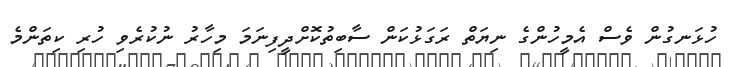
ހުޅަނގުން ވެސް އެމީހުންގެ ނިޔަތް ރަގަޅުކަން ސާބިތުކޮށްދީފިނަމަ މިހާރު ނުކުރެވި ހުރި ކިތަންމެ